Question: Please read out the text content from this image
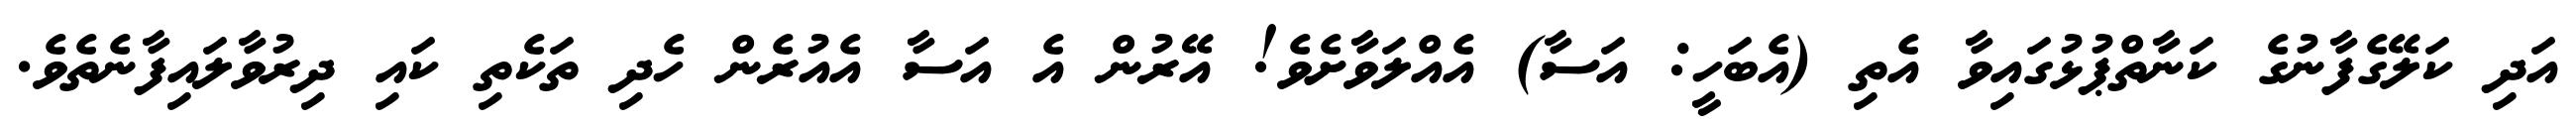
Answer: އަދި ކަލޭގެފާނުގެ ކަނާތްޕުޅުގައިވާ އެތި (އެބަހީ: އަސާ) އެއްލަވާށެވެ! އޭރުން އެ އަސާ އެއުރެން ހެދި ތަކެތި ކައި ދިރުވާލައިފާނެތެވެ.